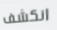
انكشف